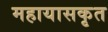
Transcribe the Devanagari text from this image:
महायासकृत